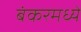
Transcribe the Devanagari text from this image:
बंकरमध्ये